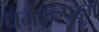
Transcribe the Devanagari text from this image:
धर्मकल्पद्रुम